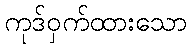
ကုဒ်ဝှက်ထားသော